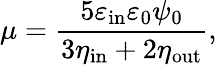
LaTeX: \mu=\frac{5\varepsilon_{\mathrm{in}}\varepsilon_{0}\psi_{0}}{3\eta_{\mathrm{in}}+2\eta_{\mathrm{out}}},